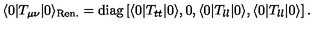
\langle 0 | T _ { \mu \nu } | 0 \rangle _ { \mathrm { \tiny R e n . } } = \mathrm { d i a g } \left[ \langle 0 | T _ { t t } | 0 \rangle , 0 , \langle 0 | T _ { l l } | 0 \rangle , \langle 0 | T _ { l l } | 0 \rangle \right] .